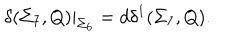
\delta ( \Sigma _ { 7 } , Q ) | _ { \Sigma _ { 6 } } = d \delta ^ { 1 } ( \Sigma _ { 7 } , Q ) .